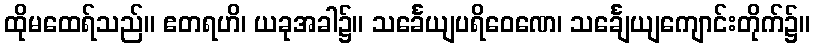
ထိုမထေရ်သည်။ ဧတရဟိ၊ ယခုအခါ၌။ သင်္ခေယျပရိဝေဏေ၊ သင်္ချေယျကျောင်းတိုက်၌။